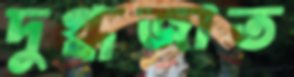
দুগ্ধজাত